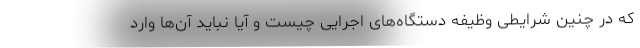
که در چنین شرایطی وظیفه دستگاه‌های اجرایی چیست و آیا نباید آن‌ها وارد